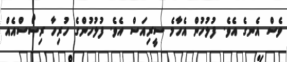
ވެސް އެނގެ އެވެ. ފުލުހުން އެހާމެ ސީރިއަސް އެވެ. ފުލުހުންގެ ހުރިހާ ރިސޯސްއެއް